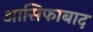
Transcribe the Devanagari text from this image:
आसिफाबाद